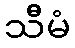
သီမံ